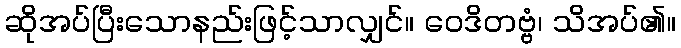
ဆိုအပ်ပြီးသောနည်းဖြင့်သာလျှင်။ ဝေဒိတဗ္ဗံ၊ သိအပ်၏။